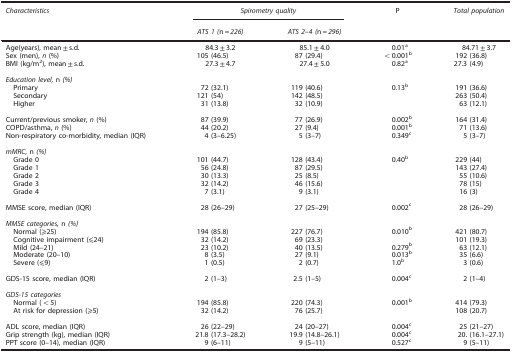
<table><thead><tr><td><b><i>Characteristics</i></b></td><td colspan="2"><b><i>Spirometry quality</i></b></td><td><b>P</b></td><td><b><i>Total population</i></b></td></tr><tr><td><b> </b></td><td><b><i>ATS 1</i> (n<i>=226</i>)</b></td><td><b><i>ATS 2</i>–<i>4</i> (n<i>=296</i>)</b></td><td><b> </b></td><td><b> </b></td></tr></thead><tbody><tr><td>Age(years), mean±s.d.</td><td>84.3±3.2</td><td>85.1±4.0</td><td>0.01a</td><td>84.71±3.7</td></tr><tr><td>Sex (men), <i>n</i> (%)</td><td>105 (46.5)</td><td>87 (29.4)</td><td>&lt;0.001b</td><td>192 (36.8)</td></tr><tr><td>BMI (kg/m<sup>2</sup>), mean±s.d.</td><td>27.3±4.7</td><td>27.4±5.0</td><td>0.82a</td><td>27.3 (4.9)</td></tr><tr><td colspan="5"> </td></tr><tr><td colspan="5"><i>Education level,</i> n <i>(%)</i></td></tr><tr><td> Primary</td><td>72 (32.1)</td><td>119 (40.6)</td><td>0.13b</td><td>191 (36.6)</td></tr><tr><td> Secondary</td><td>121 (54)</td><td>142 (48.5)</td><td> </td><td>263 (50.4)</td></tr><tr><td> Higher</td><td>31 (13.8)</td><td>32 (10.9)</td><td> </td><td>63 (12.1)</td></tr><tr><td> </td><td> </td><td> </td><td> </td><td> </td></tr><tr><td>Current/previous smoker, <i>n</i> (%)</td><td>87 (39.9)</td><td>77 (26.9)</td><td>0.002b</td><td>164 (31.4)</td></tr><tr><td>COPD/asthma, <i>n</i> (%)</td><td>44 (20.2)</td><td>27 (9.4)</td><td>0.001b</td><td>71 (13.6)</td></tr><tr><td>Non-respiratory co-morbidity, median (IQR)</td><td>4 (3–6.25)</td><td>5 (3–7)</td><td>0.349c</td><td>5 (3–7)</td></tr><tr><td colspan="5"> </td></tr><tr><td colspan="5"><i>mMRC,</i> n <i>(%)</i></td></tr><tr><td> Grade 0</td><td>101 (44.7)</td><td>128 (43.4)</td><td>0.40b</td><td>229 (44)</td></tr><tr><td> Grade 1</td><td>56 (24.8)</td><td>87 (29.5)</td><td> </td><td>143 (27.4)</td></tr><tr><td> Grade 2</td><td>30 (13.3)</td><td>25 (8.5)</td><td> </td><td>55 (10.6)</td></tr><tr><td> Grade 3</td><td>32 (14.2)</td><td>46 (15.6)</td><td> </td><td>78 (15)</td></tr><tr><td> Grade 4</td><td>7 (3.1)</td><td>9 (3.1)</td><td> </td><td>16 (3)</td></tr><tr><td> </td><td> </td><td> </td><td> </td><td> </td></tr><tr><td>MMSE score, median (IQR)</td><td>28 (26–29)</td><td>27 (25–29)</td><td>0.002c</td><td>28 (26–29)</td></tr><tr><td colspan="5"> </td></tr><tr><td colspan="5"><i>MMSE categories,</i> n <i>(%)</i></td></tr><tr><td> Normal (⩾25)</td><td>194 (85.8)</td><td>227 (76.7)</td><td>0.010b</td><td>421 (80.7)</td></tr><tr><td> Cognitive impairment (⩽24)</td><td>32 (14.2)</td><td>69 (23.3)</td><td> </td><td>101 (19.3)</td></tr><tr><td> Mild (24–21)</td><td>23 (10.2)</td><td>40 (13.5)</td><td>0.279b</td><td>63 (12.1)</td></tr><tr><td> Moderate (20–10)</td><td>8 (3.5)</td><td>27 (9.1)</td><td>0.013b</td><td>35 (6.6)</td></tr><tr><td> Severe (⩽9)</td><td>1 (0.5)</td><td>2 (0.7)</td><td>1.0b</td><td>3 (0.6)</td></tr><tr><td> </td><td> </td><td> </td><td> </td><td> </td></tr><tr><td>GDS-15 score, median (IQR)</td><td>2 (1–3)</td><td>2.5 (1–5)</td><td>0.004c</td><td>2 (1–4)</td></tr><tr><td colspan="5"> </td></tr><tr><td colspan="5"><i>GDS-15 categories</i></td></tr><tr><td> Normal (&lt;5)</td><td>194 (85.8)</td><td>220 (74.3)</td><td>0.001b</td><td>414 (79.3)</td></tr><tr><td> At risk for depression (⩾5)</td><td>32 (14.2)</td><td>76 (25.7)</td><td> </td><td>108 (20.7)</td></tr><tr><td> </td><td> </td><td> </td><td> </td><td> </td></tr><tr><td>ADL score, median (IQR)</td><td>26 (22–29)</td><td>24 (20–27)</td><td>0.004c</td><td>25 (21–27)</td></tr><tr><td>Grip strength (kg), median (IQR)</td><td>21.8 (17.3–28.2)</td><td>19.9 (14.8–26.1)</td><td>0.004c</td><td>20. (16.1–27.1)</td></tr><tr><td>PPT score (0–14), median (IQR)</td><td>9 (6–11)</td><td>9 (5–11)</td><td>0.527c</td><td>9 (5–11)</td></tr></tbody></table>